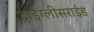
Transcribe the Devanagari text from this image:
ट्राईग्लीसराईड